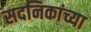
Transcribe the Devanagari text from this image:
सदनिकांच्या